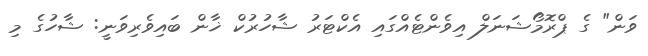
ވަން" ގެ ޕްރޮމޯޝަނަލް އިވެންޓެއްގައި އެކްޓަރު ޝާހުރުކް ޚާން ބައިވެރިވަނީ: ޝާހުގެ މި